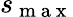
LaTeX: s_{\mathrm{~m~a~x~}}